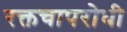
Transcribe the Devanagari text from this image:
रक्तचापरोधी